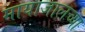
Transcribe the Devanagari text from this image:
मायाजालच्या